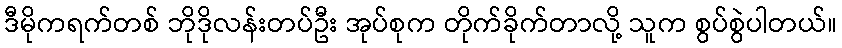
ဒီမိုကရက်တစ် ဘိုဒိုလန်းတပ်ဦး အုပ်စုက တိုက်ခိုက်တာလို့ သူက စွပ်စွဲပါတယ်။